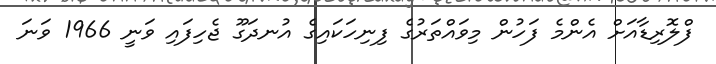
ފްލޮރިޑާއަށް އެންމެ ފަހުން މިވައްތަރުގެ ފިނިހަކައިގެ އުނދަގޫ ޖެހިފައި ވަނީ 1966 ވަނަ